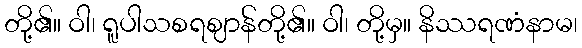
တို့၏။ ဝါ၊ ရူပါသစရဈာန်တို့၏။ ဝါ၊ တို့မှ။ နိဿရဏံနာမ၊